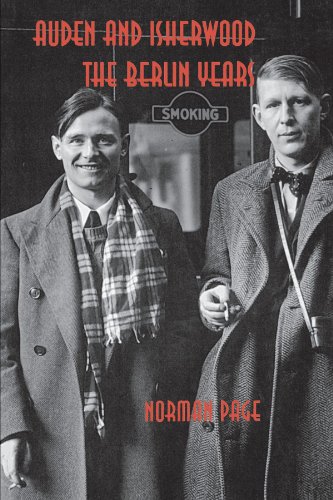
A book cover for Auden and Isherwood: The Berlin Years; Norman Page; Gay & Lesbian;